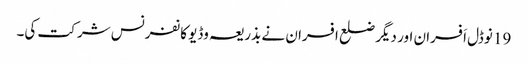
19 نوڈل اَفسران اور دیگر ضلع افسران نے بذریعہ وڈیو کانفرنس شر کت کی۔